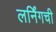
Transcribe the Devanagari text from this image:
लर्निंगची